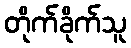
တိုက်ခိုက်သူ